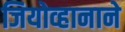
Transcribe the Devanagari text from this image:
जियोव्हानाने